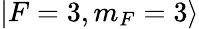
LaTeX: \vert F=3,m_{F}=3\rangle